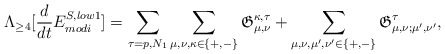
\begin{align*}\Lambda_{\geq 4}[\frac{d }{d t}E_{modi}^{S, low1} ]=\sum_{\tau=p, N_1} \sum_{\mu, \nu, \kappa\in\{+,-\}} \mathfrak{G}_{\mu, \nu}^{\kappa,\tau} +\sum_{\mu, \nu, \mu',\nu' \in\{+,-\}} \mathfrak{G}_{\mu, \nu;\mu',\nu'}^{\tau},\end{align*}